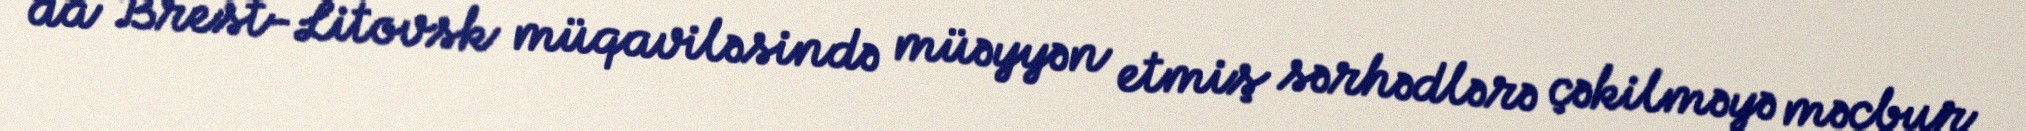
da Brest-Litovsk müqaviləsində müəyyən etmiş sərhədlərə çəkilməyə məcbur